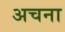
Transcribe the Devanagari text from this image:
अचना